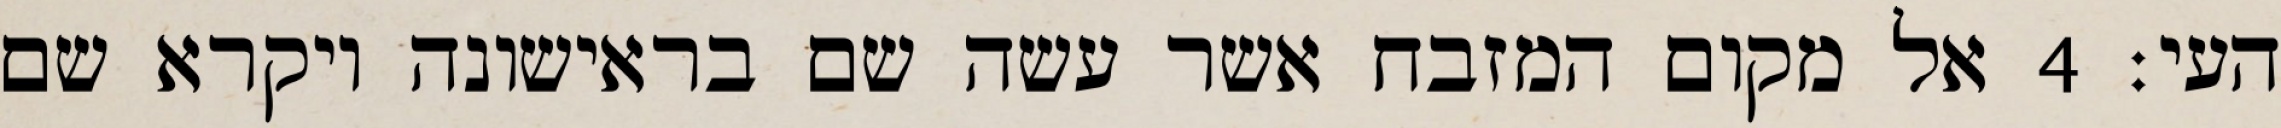
העי׃ ‎4‏ אל מקום המזבח אשר עשה שם בראישונה ויקרא שם